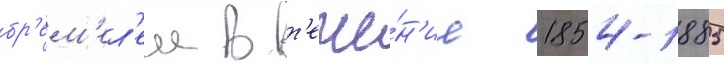
бр'ем'ел'ем в т'ече́н'ие 1854-1885